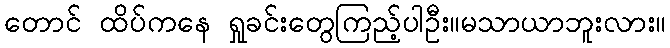
တောင် ထိပ်ကနေ ရှုခင်းတွေကြည့်ပါဦး။မသာယာဘူးလား။